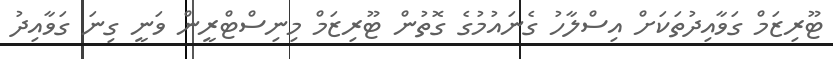
ޓޫރިޒަމް ގަވާއިދުތަކަށް އިސްލާހު ގެނައުމުގެ ގޮތުން ޓޫރިޒަމް މިނިސްޓްރީން ވަނީ ގިނަ ގަވާއިދު